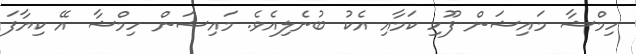
ހިމްޝާ މައިޝަން ފޫހި ކަމާއި އެކު ބުނެލިއެވެ. މައިޝަން ހިމްޝާ އޭ ކިޔާފަ